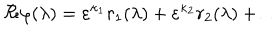
LaTeX: \Re \varphi ( \lambda ) = \varepsilon ^ { \kappa _ { 1 } } r _ { 1 } ( \lambda ) + \varepsilon ^ { \kappa _ { 2 } } r _ { 2 } ( \lambda ) + \ldots